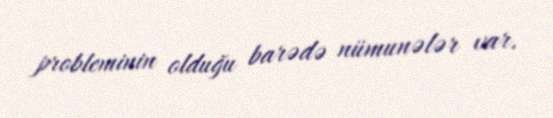
probleminin olduğu barədə nümunələr var.